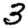
Digit: 3